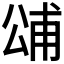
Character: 𭁓